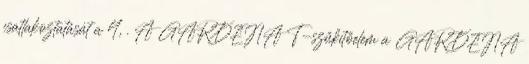
csatlakoztatását a 4, . A GARDENA T-szűkítőelem a GARDENA